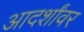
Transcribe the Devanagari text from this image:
आदर्शांवर